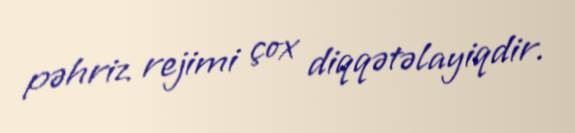
pəhriz rejimi çox diqqətəlayiqdir.